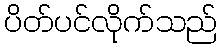
ပိတ်ပင်လိုက်သည်